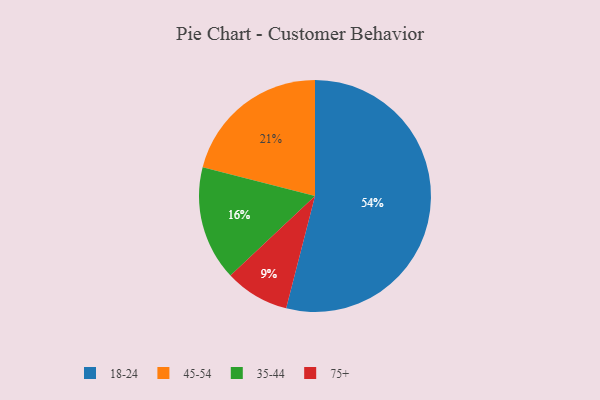
{"axis": {"x": "Category", "y": "Percentage"}, "legend": ["18-24", "35-44", "45-54", "75+"], "data": [{"x": "75+", "y": 9, "type": "75+"}, {"x": "35-44", "y": 16, "type": "35-44"}, {"x": "45-54", "y": 21, "type": "45-54"}, {"x": "18-24", "y": 54, "type": "18-24"}]}